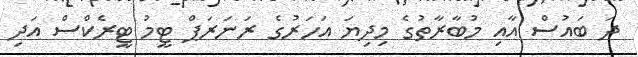
ދަ ބައުސް އާއި މުބާރާތުގެ މިދިޔަ އަހަރުގެ ރަނަރަޕް ޓީމު ޓީރެކްސް އަދި